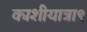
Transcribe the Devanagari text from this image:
काशीयात्रा९